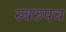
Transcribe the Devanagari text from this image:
स्वरुपच